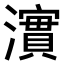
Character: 𤁂